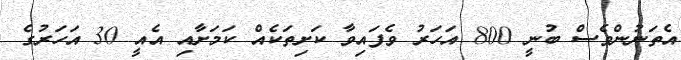
އެތަނުންވެސް ބުނީ 800 އަހަރު ވެފައިވާ ކަށިތަކެއް ކަމަށާއި އެއީ 30 އަހަރުގެ